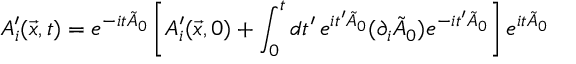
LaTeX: A _ { i } ^ { \prime } ( \vec { x } , t ) = e ^ { - i t \tilde { A } _ { 0 } } \left[ A _ { i } ^ { \prime } ( \vec { x } , 0 ) + \int _ { 0 } ^ { t } d t ^ { \prime } \, e ^ { i t ^ { \prime } \tilde { A } _ { 0 } } ( \partial _ { i } \tilde { A } _ { 0 } ) e ^ { - i t ^ { \prime } \tilde { A } _ { 0 } } \right] e ^ { i t \tilde { A } _ { 0 } }